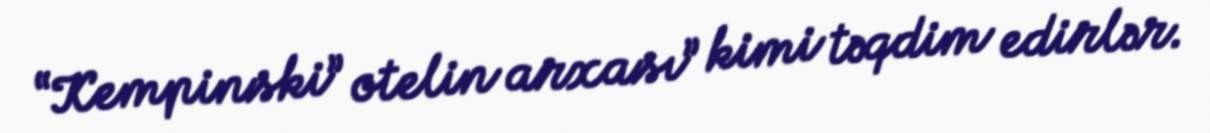
“Kempinski” otelin arxası” kimi təqdim edirlər.